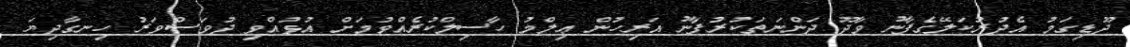
ދޫޑިގަމު އެދުރުކަލޭގެފާނު ވާދޫ ދަންނަތަކުރުފާނު އަރިހުން ޢިލްމު ހާސިލްކުރެއްވުމަށް އުޅުއްވި ދުވަސްވަރު ހިނގާދިޔަ